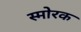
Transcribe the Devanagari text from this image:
स्माेरक